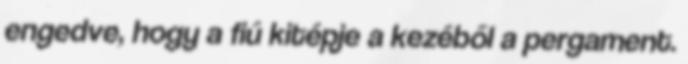
engedve, hogy a fiú kitépje a kezéből a pergament.